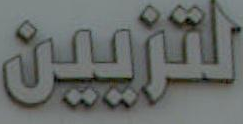
للتزيين